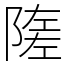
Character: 隓